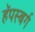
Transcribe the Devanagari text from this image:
हॅपस्बर्ग